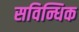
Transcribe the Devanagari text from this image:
सविन्धिक